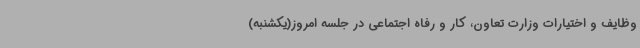
وظایف و اختیارات وزارت تعاون، کار و رفاه اجتماعی در جلسه امروز(یکشنبه)